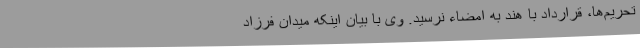
تحریم‌ها، قرارداد با هند به امضاء نرسید. وی با بیان اینکه میدان فرزاد